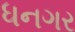
ધનગર